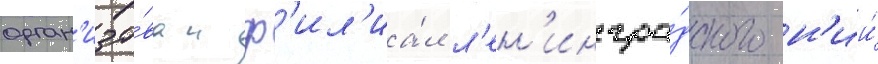
орган'изо́ван ф'ил'иа́л л'ен'ингра́дского н'ии́